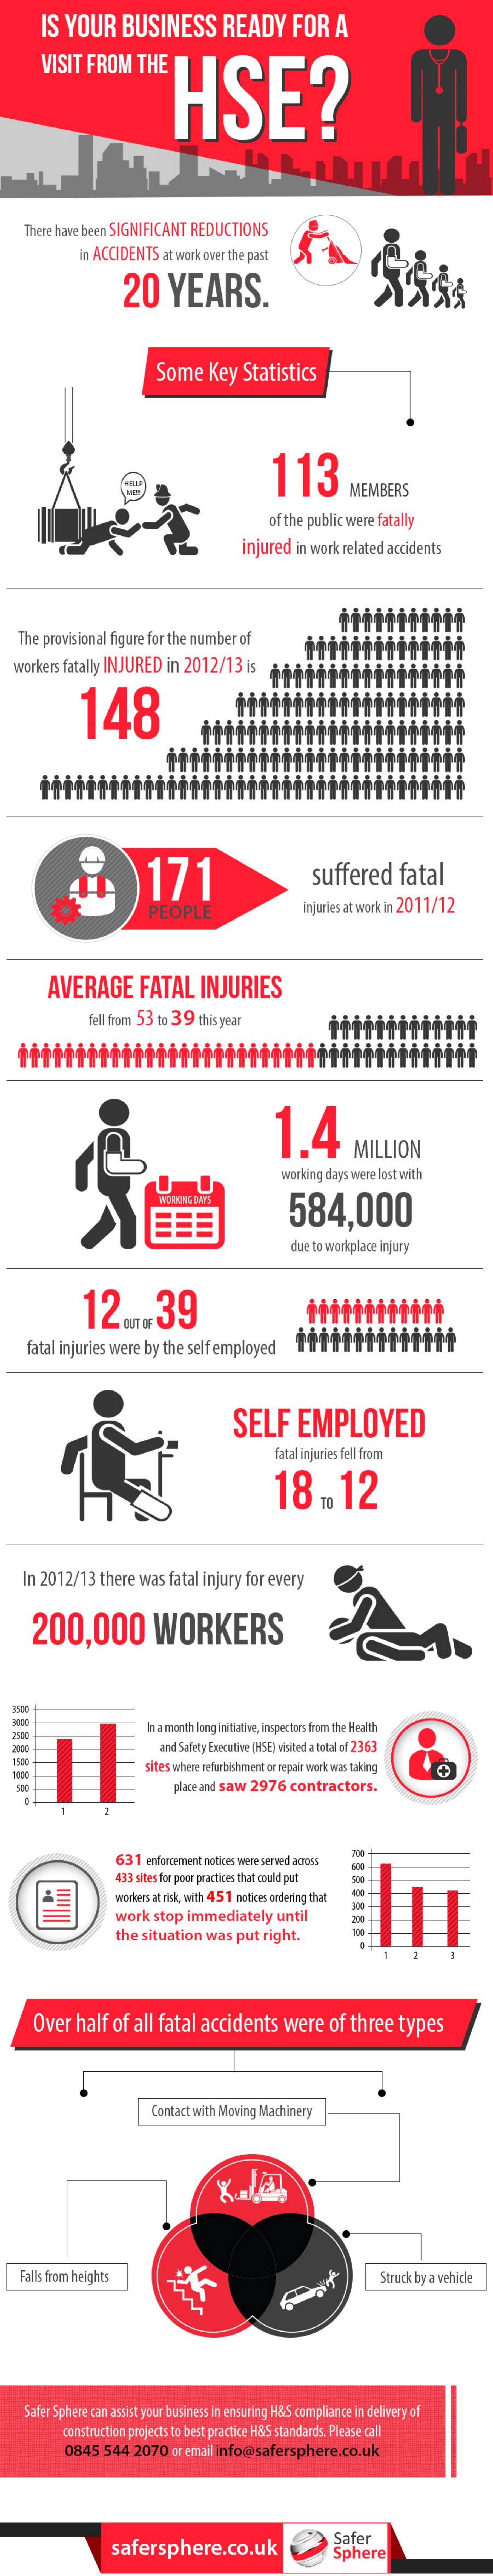
IS YOUR    BUSINESS    READY    FOR    A
     VISIT  FROM    THE
     HSE?
    There have been SIGNIFICANT REDUCTIONS
     in ACCIDENTS  at work over the past
     20    YEARS.
     Some    Key   Statistics
     113
     MEMBERS
     of the public were fatally
     injured in work related accidents
   The provisional figure for the number of
  workers fatally INJURED   in 2012/13   is
     148
     171    suffered    fatal
     PEOPLE    Injuries at work in 2011/12
     AVERAGE    FATAL    INJURIES
     fell from 53 to 39 this year
     1.4
     MILLION
     working days were lost with
     584,000
     due to workplace injury
     12    ....  39
     fatal injuries were by the self employed
     SELF    EMPLOYED
     fatal injuries fell from
     18    .  12
    In 2012/13  there  was  fatal injury for every
     200,000    WORKERS
  2500
     In a month long initiative, inspectors from the Health
     and Safety Executive (HSE] visited a total of 2363
  1900    sites where refurbishment or repair work was taking
     place and saw 2976 contractors.
     631 enforcement notices wene served across
     433 sites for poor practices that could pat
     -
     workers at risk, with 45 1 notices ordering that
     work  stop  immediately    until
     the  situation was  put  right.
     1    2
     Over   half  of all fatal  accidents    were    of  three  types
     Contact with Moving Machinery
   Falls from heights    Struck by a vehicle
    Safer Sphere can assist your business in ensuring H&S compliance in delivery of
     construction projects to best practice H&S standards. Please call
     0845  544  2070   or email info@ safersphere.co.uk
     safersphere.co.uk
     Safer
     Sphere